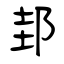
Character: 邽